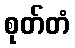
စုတ်တံ